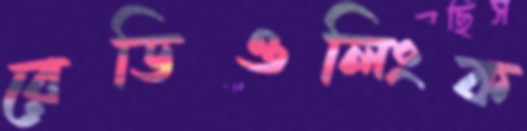
রেডিওলিংক